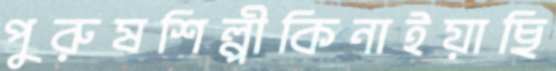
পুরুষশিল্পীকিনাইয়াছি